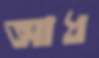
আধ